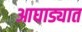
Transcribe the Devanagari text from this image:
आघाड्यात